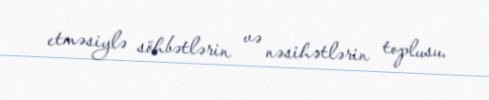
etməsiylə söhbətlərin və nəsihətlərin toplusu.